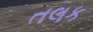
તલક